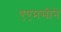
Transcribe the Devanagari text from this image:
एएमसीने